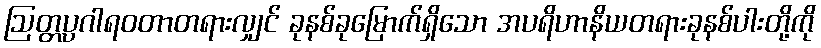
ဩတ္တပ္ပဂါရဝတာတရားလျှင် ခုနစ်ခုမြောက်ရှိသော အပရိဟာနိယတရားခုနစ်ပါးတို့ကို